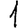
Digit: 1